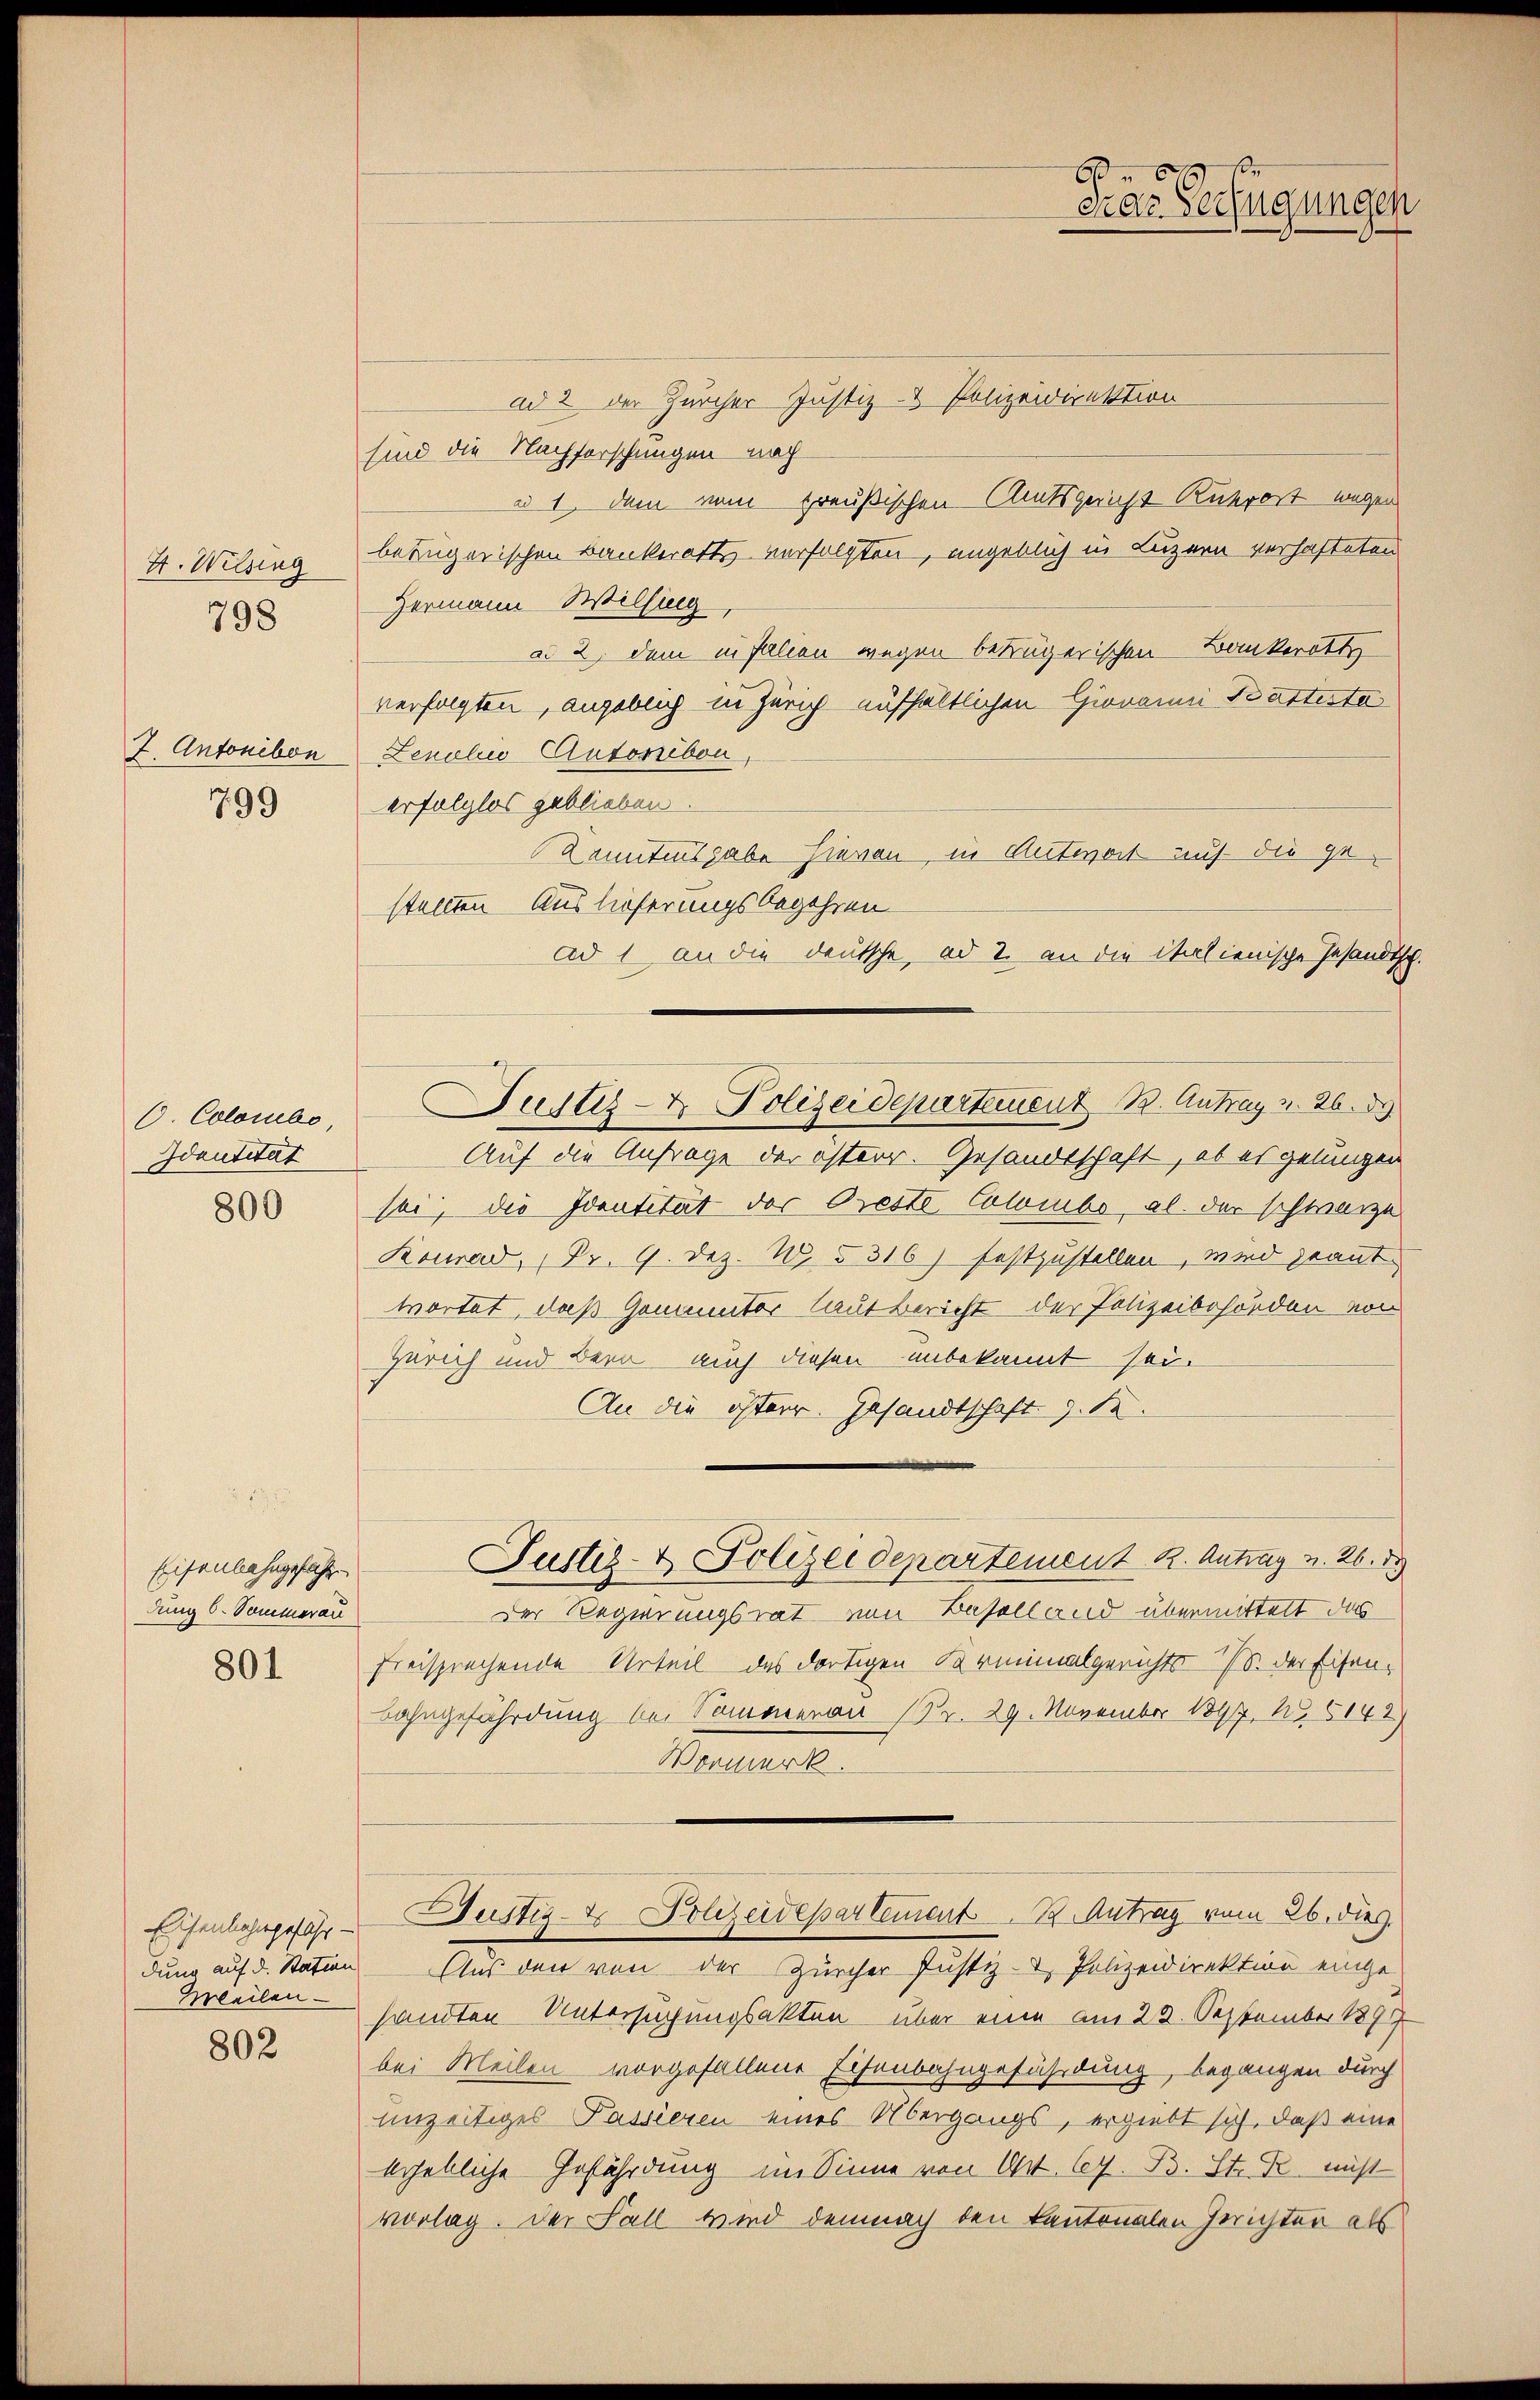
H. Wilsing

798

Z. Antonibon

799

O. Colombo
Idantitat

800

Eisenbahngefahren
dung 6. Sommerau

801

Eisenbahngefähr-
Meilen

802

ad 2 der Zürcher Justiz- & Polizeidirektion
sind die Nachforschungen nach
u 1. dem vom preußischen Amtsgericht Kurort wegen
bezügerischen Bankerotts verfolgten, ungeblich in Luzern verhafteten
Hermann Willing
ad 2. dem in Falien wegen betrügerischen Bankerott
verfolgten, angeblich in Zürich aufhältlichen Giovanni Kartesta
Lenolie Autonibon,
erfolglos geblieben.
Kenntnisgabe hievon in Antwort auf die gestellten Auslieferungsbegehren
Ad 1 an die deutsche, ad 2. an die italienische Gesandts
Justiz- & Polizeidepartement B. Antrag v. 26. d.
Auf die Anfrage der osterr. Gesandtschaft, ob es gelungen
sei, die Identität der Oreste Colombe, al der schwarze
Konrad, Pr. 9. Dez. W. 5316) festzustellen, wird geant
wortet, daß Gommentor laut Bericht der Polizeibehörden von
Zürich und Bern auch diesen unbekannt sei.
An die österr. Gesandtschaft z. S.
Justiz- & Polizeidepartement K. Antrag v. 26. d.
Der Regierungsrat von Baselland übermittelt das
freisprechende Urteil des dortigen Parminalgerichts 18. der Eisen-
Lahngefährdung bei Sommeran (Pr. 29. November 1897, No 6148)
Vormerk
Justiz- & Polizeidepartement 13 Antrag vom 26. dies
dung auf d. Station Aus den von der Zürcher Justiz- & Polizeidirektion einge
sandten Untersuchungsakten über eine am 22. September 1899
bei Meilen vorgefallene Eisenbahngeführdung, begangen durch
unzeitiges Passieren eines Übergangs, ergiebt sich, daß eine
erhebliche Gefährdung im Sinne von Art. 67. B. Str. R. nicht
vorlag. Der Fall wird demnach den kantonalen Gerichten als

6
eiar Verfügungen